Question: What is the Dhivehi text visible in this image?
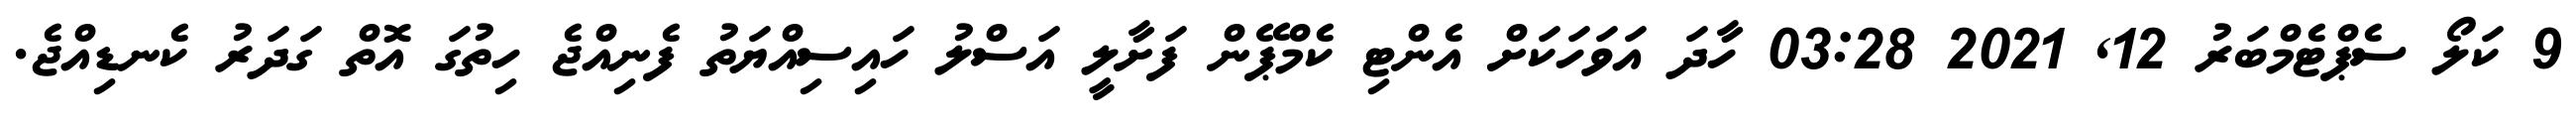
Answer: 9 ކަލޯ ސެޕްޓެމްބަރު 12, 2021 03:28 ހާދަ އަވަހަކަށް އެންޓި ކެމްޕޭން ފަށާލީ އަސްލު ހައިސިއްޔަތު ފެނިއްޖެ ހިތުގަ އޮތް ގަދަރު ކެނޑިއްޖެ.